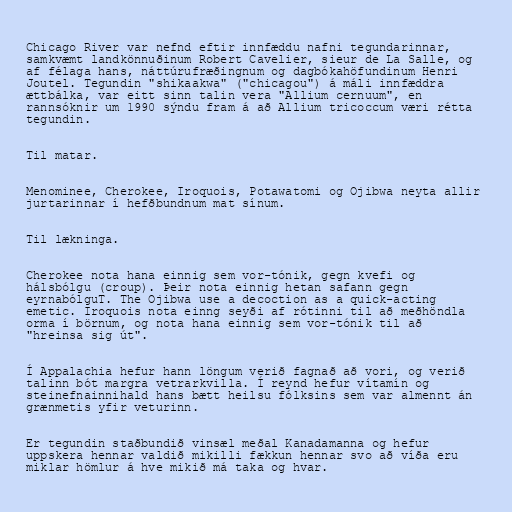
Chicago River var nefnd eftir innfæddu nafni tegundarinnar,
samkvæmt landkönnuðinum Robert Cavelier, sieur de La Salle, og
af félaga hans, náttúrufræðingnum og dagbókahöfundinum Henri
Joutel. Tegundin "shikaakwa" ("chicagou") á máli innfæddra
ættbálka, var eitt sinn talin vera "Allium cernuum", en
rannsóknir um 1990 sýndu fram á að Allium tricoccum væri rétta
tegundin.

Til matar.

Menominee, Cherokee, Iroquois, Potawatomi og Ojibwa neyta allir
jurtarinnar í hefðbundnum mat sínum.

Til lækninga.

Cherokee nota hana einnig sem vor-tónik, gegn kvefi og
hálsbólgu (croup). Þeir nota einnig hetan safann gegn
eyrnabólguT. The Ojibwa use a decoction as a quick-acting
emetic. Iroquois nota einng seyði af rótinni til að meðhöndla
orma í börnum, og nota hana einnig sem vor-tónik til að
"hreinsa sig út".

Í Appalachia hefur hann löngum verið fagnað að vori, og verið
talinn bót margra vetrarkvilla. Í reynd hefur vítamín og
steinefnainnihald hans bætt heilsu fólksins sem var almennt án
grænmetis yfir veturinn.

Er tegundin staðbundið vinsæl meðal Kanadamanna og hefur
uppskera hennar valdið mikilli fækkun hennar svo að víða eru
miklar hömlur á hve mikið má taka og hvar.